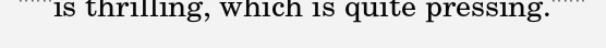
"""is thrilling, which is quite pressing."""